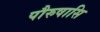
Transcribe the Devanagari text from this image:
पौरुषासि